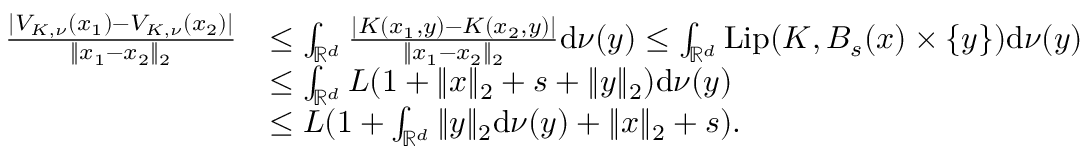
\begin{array} { r l } { \frac { | V _ { K , \nu } ( x _ { 1 } ) - V _ { K , \nu } ( x _ { 2 } ) | } { \| x _ { 1 } - x _ { 2 } \| _ { 2 } } } & { \le \int _ { \mathbb { R } ^ { d } } \frac { | K ( x _ { 1 } , y ) - K ( x _ { 2 } , y ) | } { \| x _ { 1 } - x _ { 2 } \| _ { 2 } } \mathrm { d } \nu ( y ) \le \int _ { \mathbb { R } ^ { d } } \mathrm { L i p } ( K , B _ { s } ( x ) \times \{ y \} ) \mathrm { d } \nu ( y ) } \\ & { \le \int _ { \mathbb { R } ^ { d } } L ( 1 + \| x \| _ { 2 } + s + \| y \| _ { 2 } ) \mathrm { d } \nu ( y ) } \\ & { \le L ( 1 + \int _ { \mathbb { R } ^ { d } } \| y \| _ { 2 } \mathrm { d } \nu ( y ) + \| x \| _ { 2 } + s ) . } \end{array}